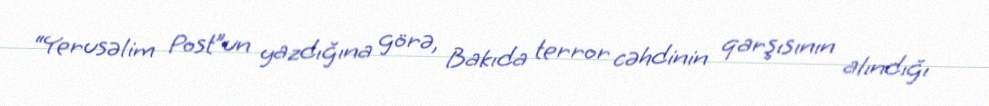
“Yerusəlim Post”un yazdığına görə, Bakıda terror cəhdinin qarşısının alındığı